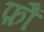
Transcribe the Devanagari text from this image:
फ़ौं